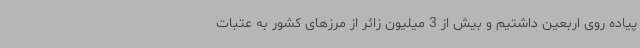
پیاده روی اربعین داشتیم و بیش از 3 میلیون زائر از مرزهای کشور به عتبات